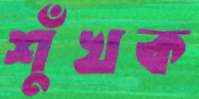
শুঁখক